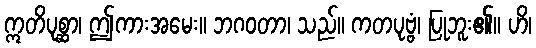
ဣတိပုစ္ဆာ၊ ဤကားအမေး။ ဘဂဝတာ၊ သည်။ ကတပုဗ္ဗံ၊ ပြုဘူး၏။ ဟိ၊